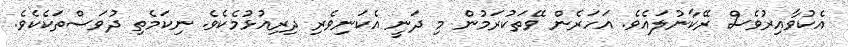
އެކުވާއިރުވެސް ރޭކާނުލައެވެ. އަހަރެން ވޭތަކުރަމުން މި ދަނީ އެކަނިވެރި ދިރިއުޅުމެކެވެ. ނިކަމެތި ދުވަސްތަކެކެވެ.